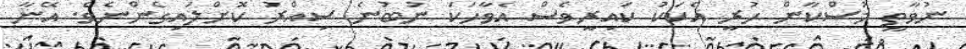
ނުވާތީ މުސްކާން ހުރީ އެކަކު ކައިރީވެސް އެވާހަކަ ނުބުނެ ސިއްރު ކޮށްލައިގެންނެވެ. އޭނާ